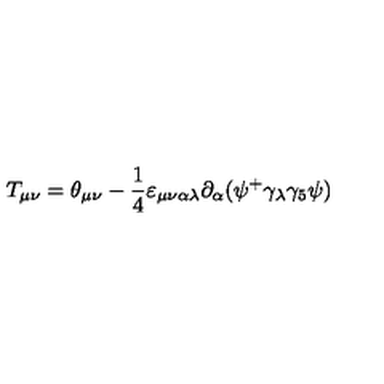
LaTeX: T _ { \mu \nu } = \theta _ { \mu \nu } - \frac 1 4 \varepsilon _ { \mu \nu \alpha \lambda } \partial _ { \alpha } ( \psi ^ { + } \gamma _ { \lambda } \gamma _ { 5 } \psi )